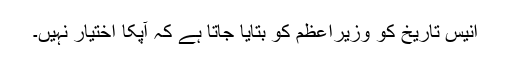
انیس تاریخ کو وزیراعظم کو بتایا جاتا ہے کہ آپکا اختیار نہیں۔